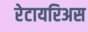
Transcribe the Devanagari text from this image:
रेटायरिअस